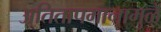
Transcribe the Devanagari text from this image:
अतितापमानामुळे